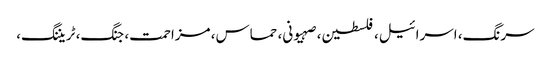
سرنگ، اسرائیل، فلسطین، صہیونی، حماس، مزاحمت، جنگ، ٹریننگ،